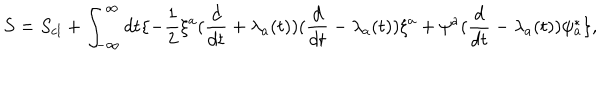
S = S _ { c l } + \int _ { - \infty } ^ { \infty } d t \{ - { \frac { 1 } { 2 } } \xi ^ { a } ( { \frac { d } { d t } } + \lambda _ { a } ( t ) ) ( { \frac { d } { d t } } - \lambda _ { a } ( t ) ) \xi ^ { a } + \psi ^ { a } ( { \frac { d } { d t } } - \lambda _ { a } ( t ) ) \psi _ { a } ^ { * } \} ,